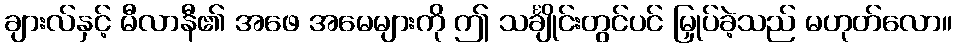
ချားလ်နှင့် မီလာနီ၏ အဖေ အမေများကို ဤ သင်္ချိုင်းတွင်ပင် မြှုပ်ခဲ့သည် မဟုတ်လော။